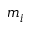
m _ { i }